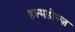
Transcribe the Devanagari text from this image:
हल्महोल्ज़